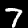
Digit: 7